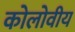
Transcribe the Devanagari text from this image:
कोलोवीय